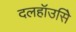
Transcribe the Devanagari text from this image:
दलहॉउसिे